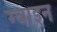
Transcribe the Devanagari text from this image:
ग्वाइन